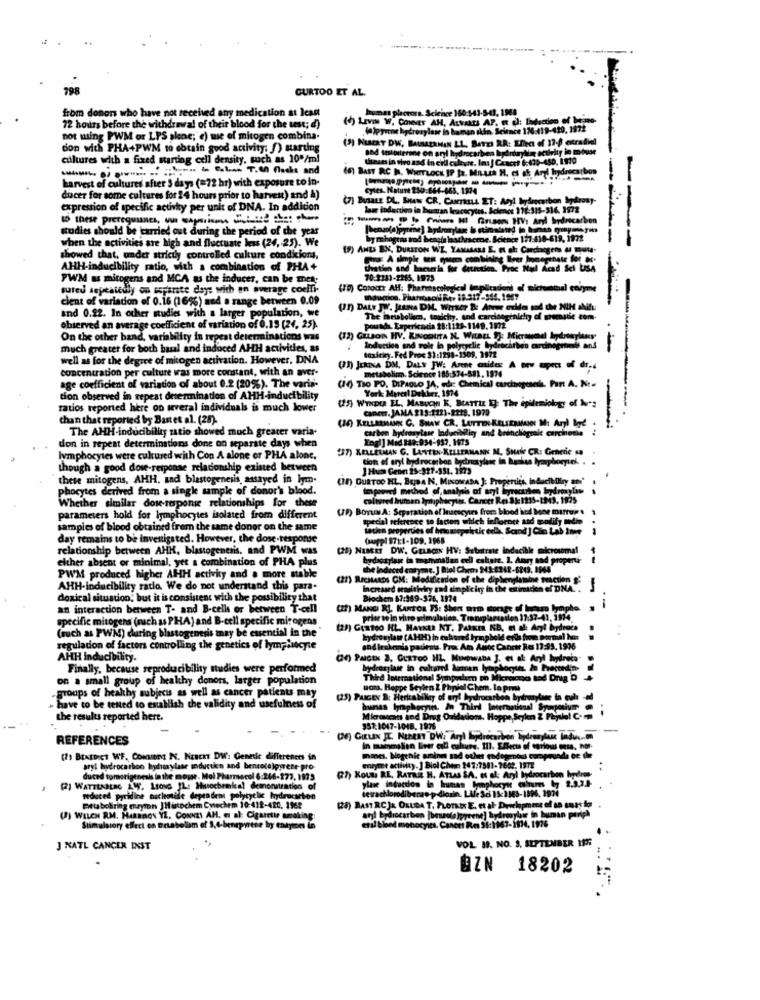
CURTOO ET AL.
from donors who have not received any medication at least
man plorora. Science 160:543-5-41, 1968
(d) Lavm W. CONNES AH, ALVARES AP. Et C): Ladsction of beino.
72 hours before the withdrawal of their blood for the ust; d)
.(a)pyrene hydroxylase in haman skin Science 176:419-420, 1972
not using PWM or LPS slone; e) wie of mitogen combina.
(3) HEBERT DW, BALMEZAMAN LL, BATES RR: Effect of 12- extradiel
don with PHA+PWM to obtain good activity: f) starting
and testosterone on aryl hydrocarbon hydrdaylin scurity lo miuse
cultures with a fixed starting cell density, such as 10"/ml
theses in vivo and in cell culture. In: | Cescet 6:430-480, 1920
harvest of cultures after 3 days (=72 hr) with exposure to in-
(6) BAST RC I. WHITLOCK IP ja, Musik H. ci ak Aryl hydrocarbon
dicer for some cultures for 24 hours prior to harvest) and A)
(7) Busatz DL. SHAW CR. CANTRELL ET: Aryl hydrocarbon hydrosy-
expression of specific activity per unit of DNA. In addition
laur indertien in human leacocytes. Science 176:515-516. 1972
to these prerequines, un caprino chimie the: chare
™ --- nie MI faisons HV: Aryl bydricarbon
studies should be carried out during the period of the year
when the activities are high and fluctuate less (24, 25). We
by rhogems and bengts laachraerne. Science 177:410-619, 1972
(9) ANES BN, DURSTON WE, YAMASARE E, Et al: Carcinogens & gut-
--
showed that, under strictly controlled culture condicions,
AHH-inducibility ratio, with a combination of PHA+
thatin and barumla for detressen. Proc Nul Acad Sci USA
PWM as mitogens and MCA as the inducer, can be mes.
70:2183-2265. 1973
sureu sepeatedly on ssparte days with an average coeli-
cient of variation of 0.16 (16%) and a range between 0.09
and 0.22. In other studies with a larger population, we
(21) DALY JW. JANA DM. WITHer &: Atrue exMa and the NIH shift
The Brabolkes, touchy, and carcianginichty of greenstic com-
--- -
observed an average coefficient of variation of 0.19 [24, 25).
pouradt. Laperiencia 28:1128-1149. 1972.
On the other band, variability in repeat determinations was
much greater for both basal and induced AHH activities, as
Inductie and role in polycyclic hydrocarbon carcinopront ans
well as for the degree of mitogen activation. However, DNA
toxicity. Fed Proc $1:1298-1509, 1972
---
concentration per culture was more constant, with an aver-
(23) JERINA DM, DALY JW: Arene mides: A tev apec of dr-4
metabolism. Science 185:574-581, 1974
age coefficient of variation of about 0.2 (20%). The varis
(1) TIO PO. DIPAOLO JA, ed: Chemical curciogusok. Pant A. No.
York Marcel Dekker, 1974
tion observed in repeat determination of AHH-inducibility
ratios reported here on several individuals is much lower
(25) WINDER EL. MABUCH K, StATTiz 13: The epidemiology of hours
Cancer. JAMA 219-1223-2218. 1979
than that reported by Bast et al. (28).
(3) KELLERMANN C. SHAW CR. LETTER KELSESANUN I: Aryl Ige
The AHH-inducibility satio showed much greater varia-
carbon hydroxylase Inducibility and branchiogral carcineria
-
Engl] Med 149:934-957, 1975
don in repeat determinations done on separate days when
(37) KELLERMAN G. LASTEN-KELLERMANN M. SHAW CR: Generic sa
lymphocytes were cultured with Con A alone or PHA alone.
cion of aryl hydrocarbon hydroxylase in herkes lymphocytes. .
though a good dose-response relationship existed between
these mitogens, AHH, and blastogenesis, assayed in lym.
(78) OURTOO HL, BUDA N, MINOWADA ]: Properties, inducibiliry ani"
phocytes derived from a single sample of donor's blood.
improved method of, analysis of aryl liyrecarken, hydroxylaw
Whether similar dos response relationships for these
colored human Synaphocytes. Carrer Res 84:1235-1343. 1975
(IP) BoruMA: Separation el Iuscecyurs frem blood acd boe mittu! !
parameters hold for lymphocytes isolated from different
spedal reference to facten which izflornet and modify mém
samples of blood obtained frem the same donor on the same
taten properties of hrostepshe tic eelk. Scand ] Can Lab Inee
day remains to be investigated. However, the dose-response
(suppl 871:1-109. 2968
relationship between AHH, blastogenesis, and PWM was
(25) NEMET DW. GELBON HV: Sebitrate inducible microsomal
either absent or minimal, yet a combination of PHA plus
hydroxylase in mammalian cell calare. 1. Aury and properu
the indiced caryme. ] Biol Chem 243-4242-6219, 1969
PW'M produced higher AHH activity and a more stable
(21) RICHARDS CM: Modification of the diphenplatine reaction &
AHH-inducibility ratio. We do not understand this para-
Increased semitictry and simpliciry in the citinacien of DNA. .
doxical situation; but it is consistent with the possibility that
Biochem $7:369-576, 1974
an interaction between T- and B-cells or between T-cell
(II) MANGI RJ. KANTOR FS: Shen mm storage of burma lympho.
specific mitogens (nach as PHA) and B-cell specific mit ogens
prior to in vitro gelmulation, Transplantation 17:37-41, 1974
(such as PWM) during blastogenesis may be essential in the '
(29) Gintoo HL. HAvatR NT, PARKE NB, et al Aryl bydeocs
hydroxylase (AHH) in cshared bynpbold ers from pormal has
regulation of factors controlling the genetics of lymphocyte
and leukemia patients. Pro Am Anoc Cancir Res 17:95. 1938
AHH Inducibility.
CO) PAIGEN 3, GURTO0 HZ, MINowADA J. et al Aryl hydreta"
Finally, because reproducibility studies were performed
hydroxylase in cultured human lymphocytes. he hected'n.
on a small group of healthy donors, larger population
Third International Sympoder to Microcmo tad Drug D
uona. Hoppe Seylen 2 Phplol Chem. la prmu
groups of healthy subjects as well as cancer patients may
(25) Pascex S: Heritability of aryl hydrocarbon hydroxylase in cul
have to be tested to establish the validity and usefulness of
buenas lymphocy
phocytes. In Third International Symposium
the results reported here.
Micascats and Drug Oxidations. Hoppe Seyken Z Physiel C.
357:1047-1018. 1976
REFERENCES
in mammalian Ever cill culture. I
www. 11. Effects of curious ousa, nor-
(7) BEXIDIGT WF. Convent NS. NEECHT DW: Genedie differences in
mones. Negenic aminn sad other endegenou corprunda er the
aryt hydrocarbon hyhorylase mduction and bensolajpyrene pro-
entyme activity. ] Biol Chem 147:7581-7602. 1972
duced tomorigenesis in the mouse. Mol Pharmacol 6:246-177, 1175
(7) KOULI RE, RATREE H. ATLAS SA, et al: Aryl hydrocarbon hydro
ylase induction in human Minghoch Cms
[2] WATTENBERG LWF. Lrous JL. Huochemical demonstration of
reduced pyridine nucleotale dependent polycyclic hydrocarbon
mittaboliring chryman JHistochem Cytechem 10:412-420, 1962
(28) BASTRCJA ORUDA T. FLOTAEK E, et al- Development of se suas ion
ie in human por
() WELCH RM. HARMON YZ, CONNZY AH, « al: Cigarette awaking
etil bloed monocyita. Cancer Res 51:1967-1934, 1926
arl hydrocarbon |benzola )pyret
totalpyrene] hydroxyl
Stimulstory effect on Trrabolam of S.4-bensportse by theymes in
VOL 19. NO. 9. SEPTEMBER 198
J NATL CANCER INST
BZN
18202